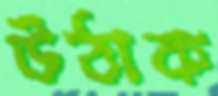
উঠাক